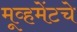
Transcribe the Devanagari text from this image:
मूव्हमेंटचे